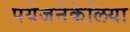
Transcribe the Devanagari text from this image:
पयेजनेकेलिया